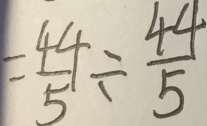
= \frac { 4 4 } { 5 } \div \frac { 4 4 } { 5 }